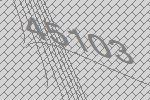
45103